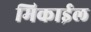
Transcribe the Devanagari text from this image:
मिकाईल